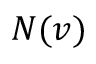
N ( v )